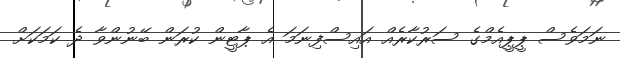
ނަމަވެސް ޕީޕީއެމްގެ ސަރުކާރެއް އައިސްފިނަމަ އެ ޕާޓީން ކުރަން ބޭނުންވާ ދެ ކަމަކަށް